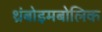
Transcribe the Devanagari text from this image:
थ्रंबोइमबोलिक